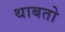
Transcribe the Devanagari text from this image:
थाबतो